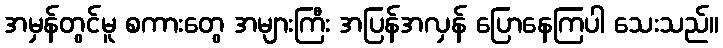
အမှန်တွင်မူ စကားတွေ အများကြီး အပြန်အလှန် ပြောနေကြပါ သေးသည်။